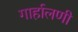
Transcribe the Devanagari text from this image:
गार्हालणी